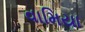
વામિયા